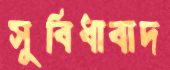
সুবিধাবাদ